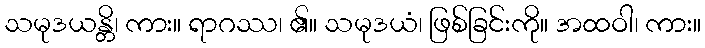
သမုဒယန္တိ၊ ကား။ ရာဂဿ၊ ၏။ သမုဒယံ၊ ဖြစ်ခြင်းကို။ အထဝါ၊ ကား။